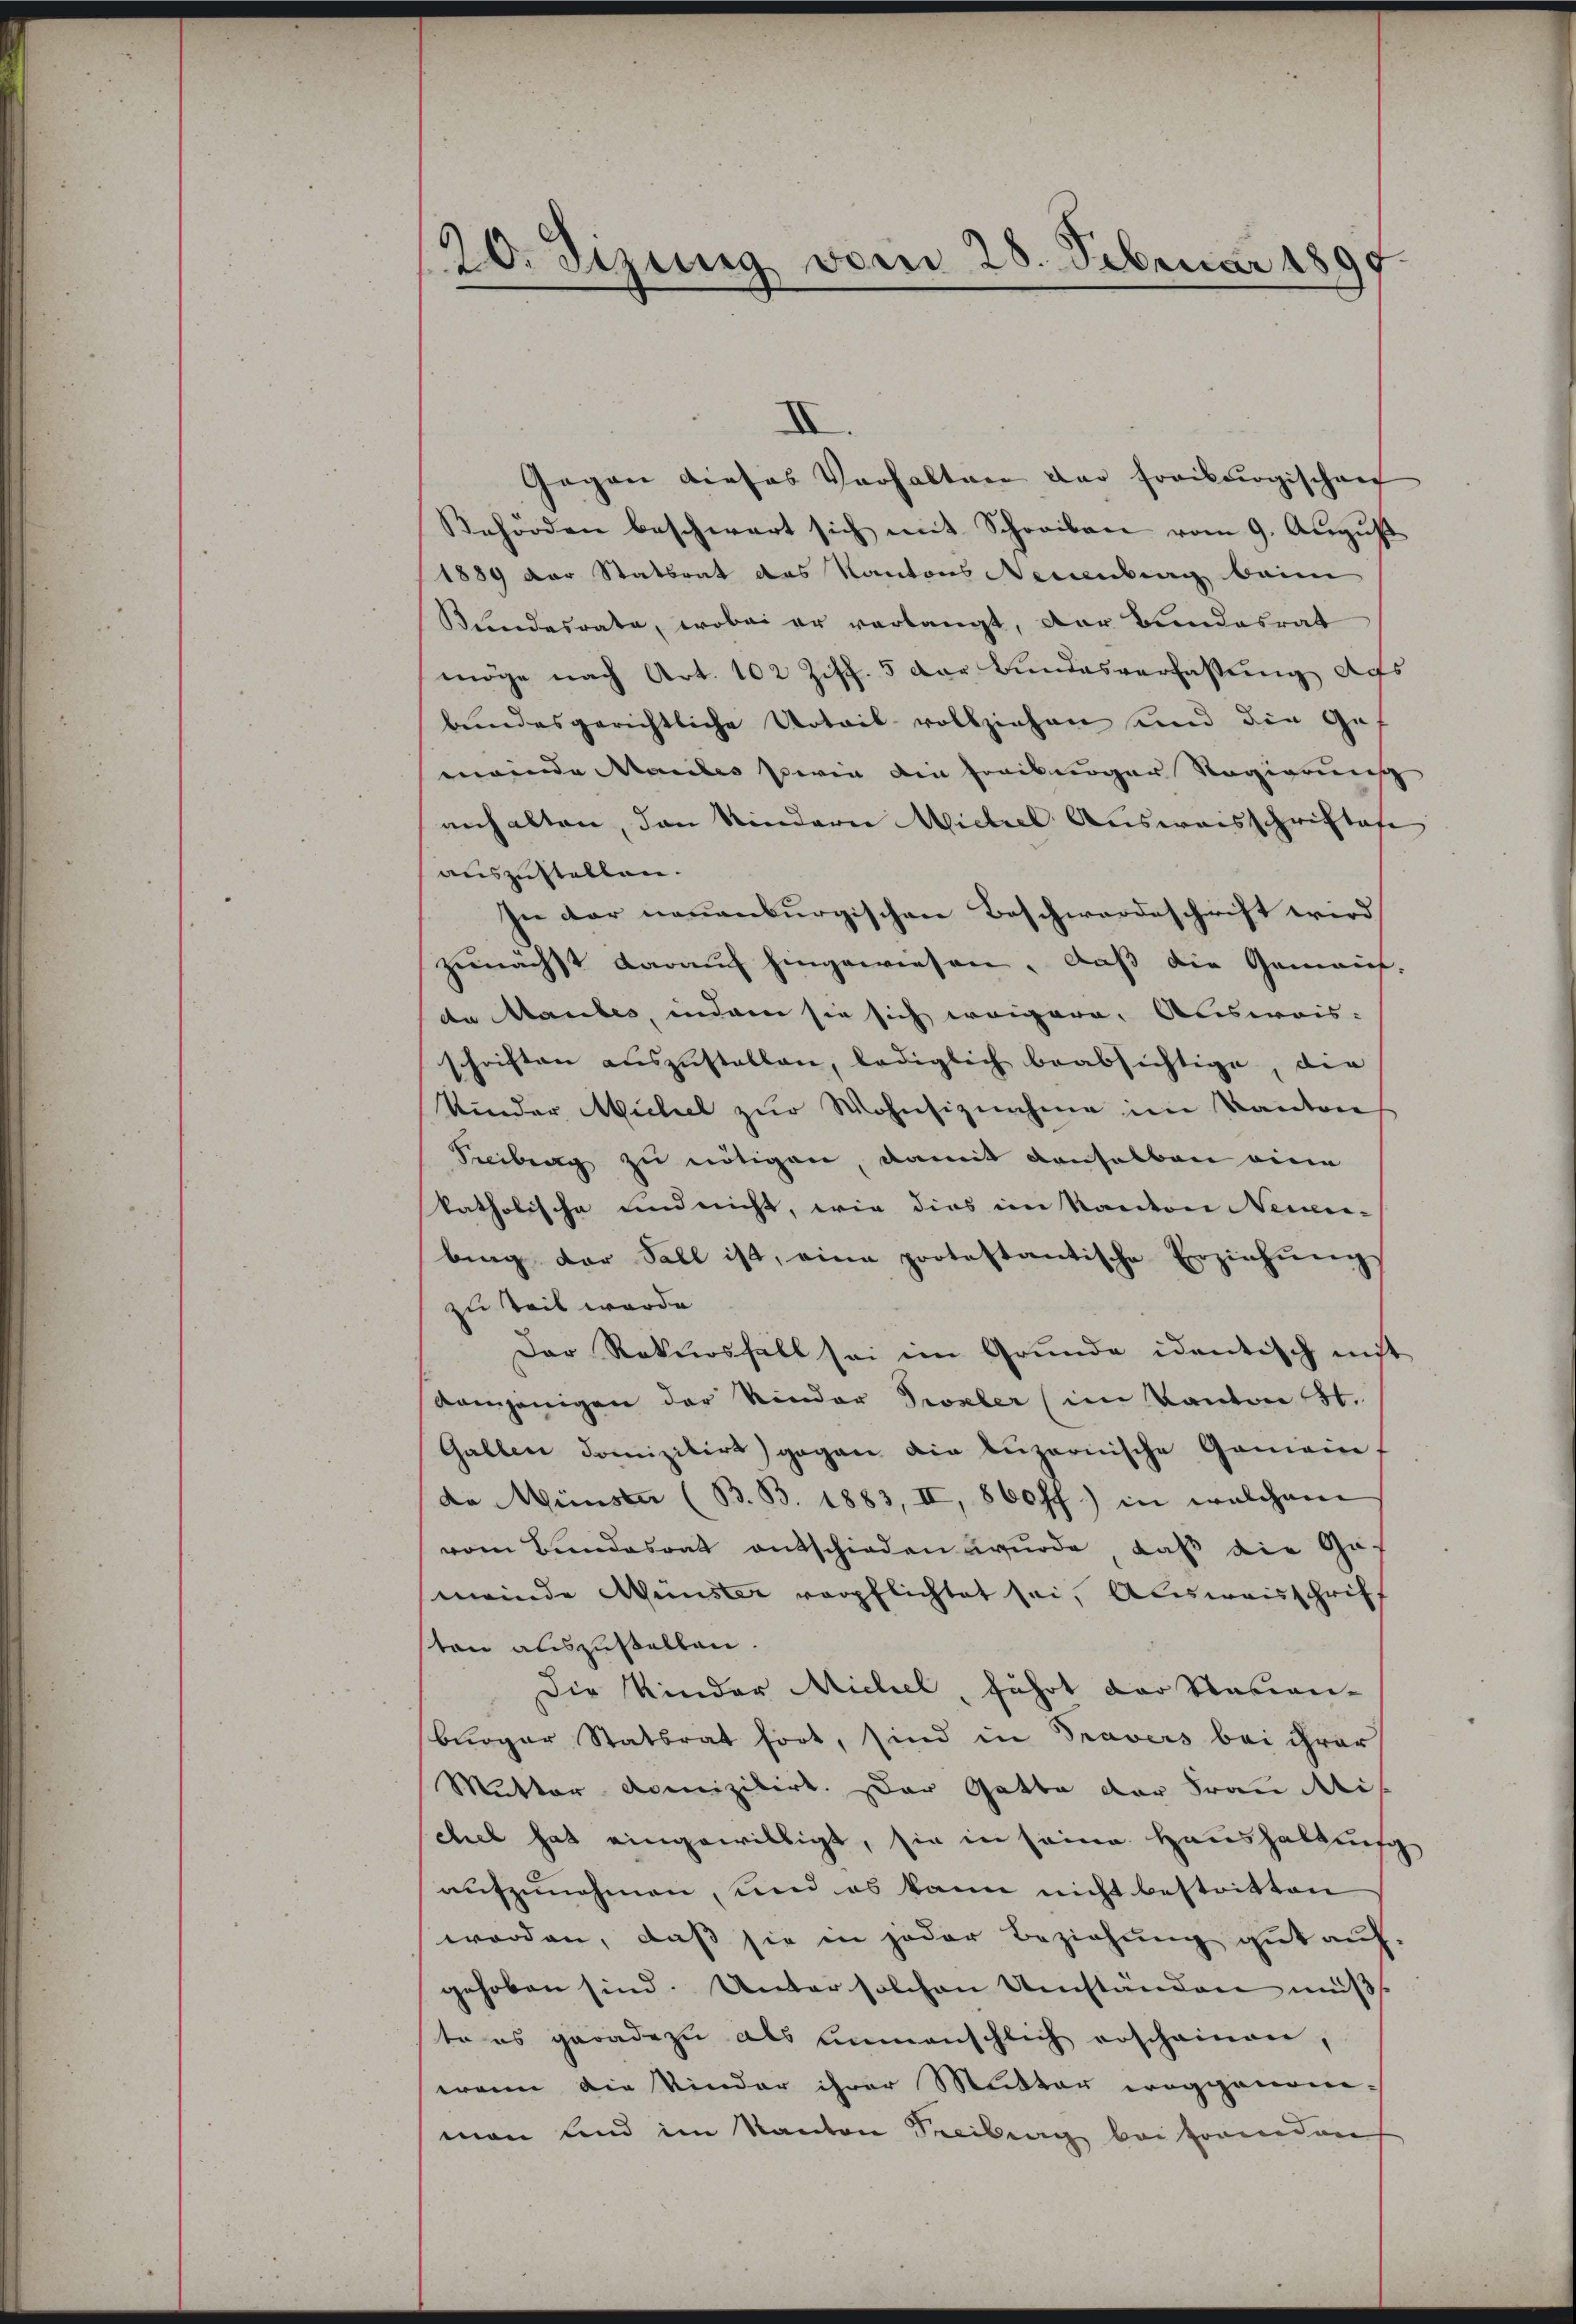
20. Sizung vom 28. Februar 1890.

I
Gegen dieses Verhalten der Freiburgischen
Behörden beschwart sich mit Schreiben vom 9. August
1889 der Statsrat des Kantons Neuenburg beim
Bundesrate, wobei er verlangt, der Bundesrat
möge nach Art. 102 Ziff. 5 der Bundesverfassung aus
beindesgerichtliche Urteil vollziehen sind die Ge-
meinde Mariles sowie die Freiburger Regierung
anhalten, den Kindern Michell Ausweisschriftafe
auszustellen.
In der neuenburgischen Beschwerdeschrift wird
zunächst darauf hingewiesen, daß die Gemein-
da Raubes, indem sie sich weigere Ausweis.
schriften auszustellen, lediglich beabsichtige, die
Kinder Michael zŭr Wohnsiznahme im Kanton
Seciburg zu nötigen, damit denselben eine
katholische und nicht, wie dies im Kanton Neuen-
bing der Sall ist, eine protestantische Erziehŭng
zu Teil werde.
Der Rekŭrshält sei im Grunde identisch nicht
komjenigen der Kinder Probler (im Kanton St.
Gallen domizilirt) gegen die Lŭzernische Gemein
da Münsen (B. B. 1883, II, 860 ff.) in welchem
vom Bundesrat entschieden wŭrde, daß die Ge-
meinde Münster verpflichtet sei, Ausweisschrift
sten auszustellen.
Die Kinder Michel, führt der Nasan-
burger Statsrat hört, sind in Travers bei ihrer
Mutter domizilirt. Der Gatte der Frau Misschel hat eingewilligt, sie in seine Haushaltung
aufzunehmen, und es kann nicht bestritten
worden, daß sie in jeder Beziehung gut auf.
gehoben sind. Unter solchen Umständen müss
te es geradezu als unmenschlich erscheinen,
wenn die Kinder ihrer Mutter weggenom-
man und im Kanton Seeibung bei Frandans